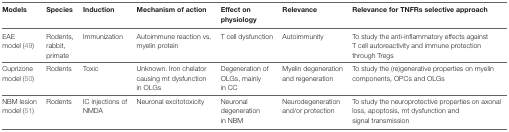
| Models | Species | Induction | Mechanism of action | Effect on physiology | Relevance | Relevance for TNFRs selective approach |
 | --- | --- | --- | --- | --- | --- | --- |
 | EAE model (49) | Rodents, rabbit, primate | Immunization | Autoimmune reaction vs. myelin protein | T cell dysfunction | Autoimmunity | To study the anti-inflammatory effects against T cell autoreactivity and immune protection through Tregs |
 | Cuprizone model (50) | Rodents | Toxic | Unknown. Iron chelator causing mt dysfunction in OLGs | Degeneration of OLGs, mainly in CC | Myelin degeneration and regeneration | To study the (re)generative properties on myelin components, OPCs and OLGs |
 | NBM lesion model (51) | Rodents | IC injections of NMDA | Neuronal excitotoxicity | Neuronal degeneration in NBM | Neurodegeneration and/or protection | To study the neuroprotective properties on axonal loss, apoptosis, mt dysfunction and signal transmission |